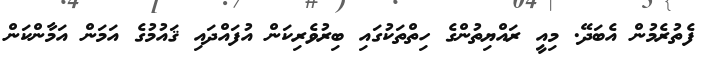
ފެތުރެމުން އެބަދޭ. މިއީ ރައްޔިތުންގެ ހިތްތަކުގައި ބިރުވެރިކަން އުފައްދައި ޤައުމުގެ އަމަން އަމާންކަން